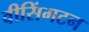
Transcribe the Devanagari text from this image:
वीसिंगटन